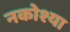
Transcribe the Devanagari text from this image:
नकोश्या